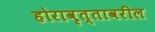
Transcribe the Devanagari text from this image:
होरावृत्तावरील